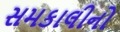
સમકાલીનો